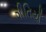
ગીતિયાઁ